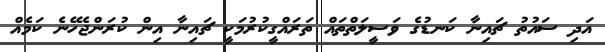
އަދި ސައުތު ޗައިނާ ކަނޑުގެ ވަސީލަތްތައް ތަރައްގީކުރުމަކީ ޗައިނާ އިން ކުރަންޖެހޭނެ ކަމެއް